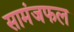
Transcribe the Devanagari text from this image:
सामंजफल